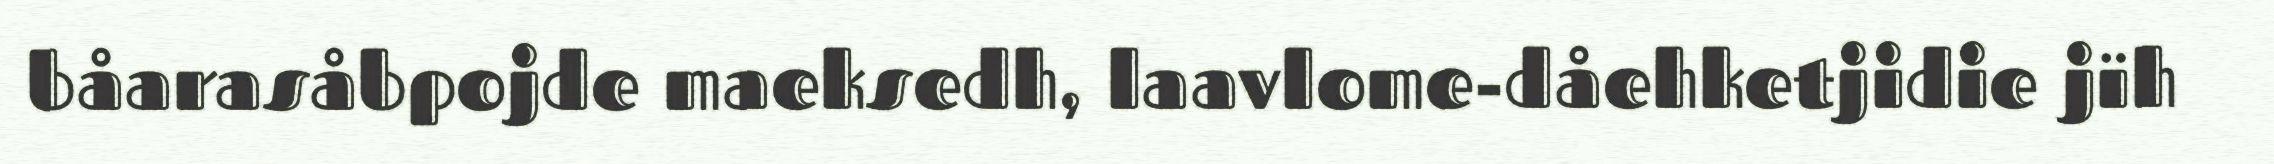
båarasåbpojde maeksedh, laavlome-dåehketjidie jïh